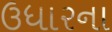
ઉધારના